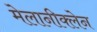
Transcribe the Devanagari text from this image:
मेलानीक्लेन